Civil Veterinary Department. Madras. Admin. report 1926-33 - 1926-1933
Year: 1926
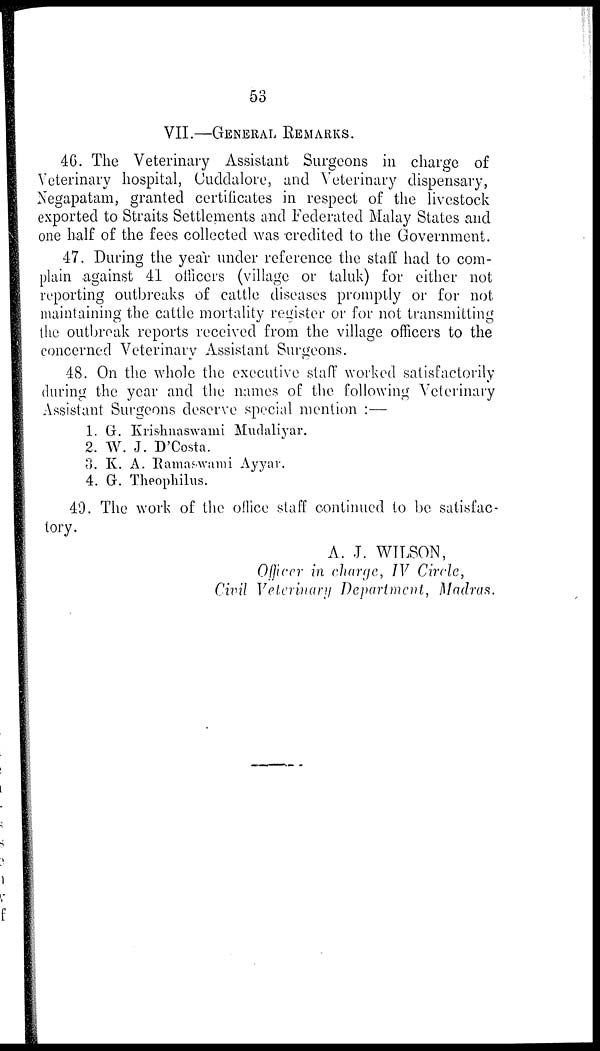
53
VII.—GENERAL REMARKS.
46. The Veterinary Assistant Surgeons in charge of
Veterinary hospital, Cuddalore, and Veterinary dispensary,
Negapatam, granted certificates in respect of the livestock
exported to Straits Settlements and Federated Malay States and
one half of the fees collected was credited to the Government.
47. During the year under reference the staff had to com-
plain against 41 officers (village or taluk) for either not
reporting outbreaks of cattle diseases promptly or for not
maintaining the cattle mortality register or for not transmitting
the outbreak reports received from the village officers to the
concerned Veterinary Assistant Surgeons.
48. On the whole the executive staff worked satisfactorily
during the year and the names of the following Veterinary
Assistant Surgeons deserve special mention :—
1. G. Krishnaswami Mudaliyar.
2. W. J. D'Costa.
3. K. A. Ramaswami Ayyar.
4. G. Theophilus.
49. The work of the office staff continued to be satisfac-
tory.
A. J. WILSON,
Officer in charge, IV Circle,
Civil Veterinary Department, Madras.